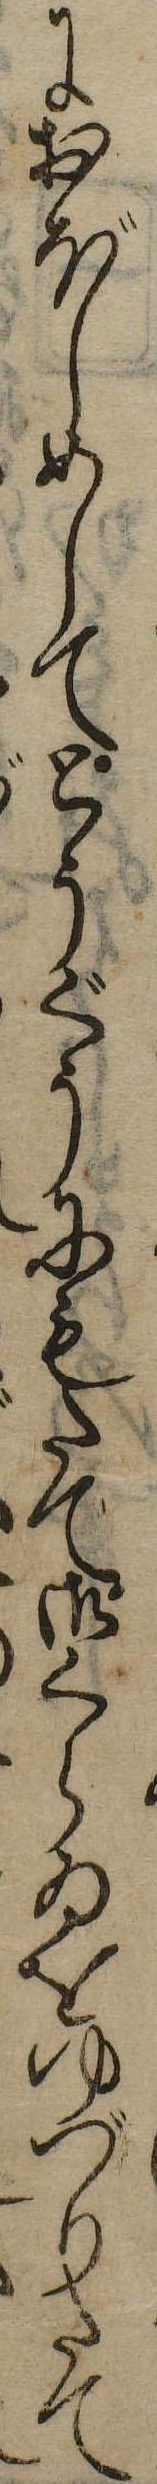
におぼしめしてとうぐうにもたて御くらゐをゆづりたて